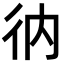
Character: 𢓇